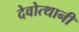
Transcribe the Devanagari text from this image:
देवोत्थानी